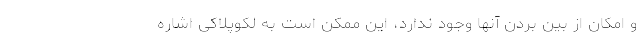
و امکان از بین بردن آنها وجود ندارد، این ممکن است به لکوپلاکی اشاره